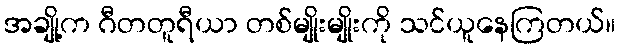
အချို့က ဂီတတူရီယာ တစ်မျိုးမျိုးကို သင်ယူနေကြတယ်။